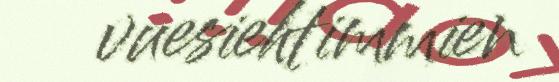
vuesiehtimmien